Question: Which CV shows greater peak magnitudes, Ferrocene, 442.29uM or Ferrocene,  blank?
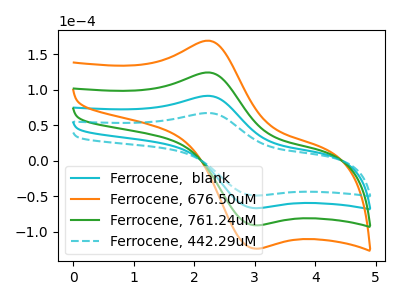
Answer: <think>The cyan curve "Ferrocene,  blank" has an anodic peak at (2.25V, 91.30uA) and a cathodic peak at (3.00V, -66.95uA). The orange curve "Ferrocene, 676.50uM" has an anodic peak at (2.25V, 273.90uA) and a cathodic peak at (3.00V, -200.80uA). The green curve "Ferrocene, 761.24uM" has an anodic peak at (2.25V, 182.60uA) and a cathodic peak at (3.00V, -133.85uA). The cyan dashed curve "Ferrocene, 442.29uM" has an anodic peak at (2.25V, 67.10uA) and a cathodic peak at (3.00V, -49.20uA).</think>
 <answer>Every peak in "Ferrocene, 442.29uM" is lower than every peak in "Ferrocene,  blank".</answer>
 <eval>lower</eval>